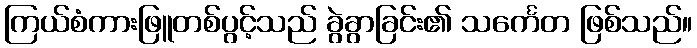
ကြယ်စံကားဖြူတစ်ပွင့်သည် ခွဲခွာခြင်း၏ သင်္ကေတ ဖြစ်သည်။